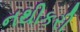
નથીકરી